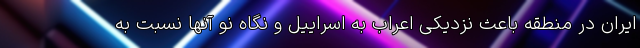
ایران در منطقه باعث نزدیکی اعراب به اسراییل و نگاه نو آنها نسبت به